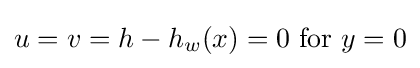
u=v=h-h_{w}(x)=0\ {\text{for}}\ y=0